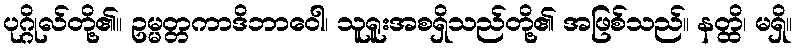
ပုဂ္ဂိုလ်တို့၏။ ဥမ္မတ္တကာဒိဘာဝေါ၊ သူရူးအစရှိသည်တို့၏ အဖြစ်သည်။ နတ္ထိ၊ မရှိ။